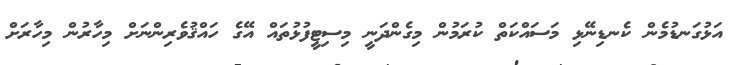
އަޅުގަނޑުމެން ކެނޑިނޭޅި މަސައްކަތް ކުރަމުން މިގެންދަނީ މިސިޓީފުޅުތައް އޭގެ ހައްޤުވެރިންނަށް މިހާރުން މިހާރަށް